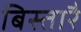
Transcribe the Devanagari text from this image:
बिस्तारै